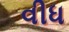
વીધ